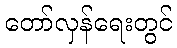
တော်လှန်ရေးတွင်